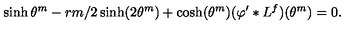
\sinh \theta ^ { m } - r m / 2 \sinh ( 2 \theta ^ { m } ) + \cosh ( \theta ^ { m } ) ( \varphi ^ { \prime } * L ^ { f } ) ( \theta ^ { m } ) = 0 .